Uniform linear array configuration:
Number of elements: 12
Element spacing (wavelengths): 0.5
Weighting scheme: kaiser
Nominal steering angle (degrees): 0
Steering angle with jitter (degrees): -0.6485
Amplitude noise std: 0.05
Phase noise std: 0.05

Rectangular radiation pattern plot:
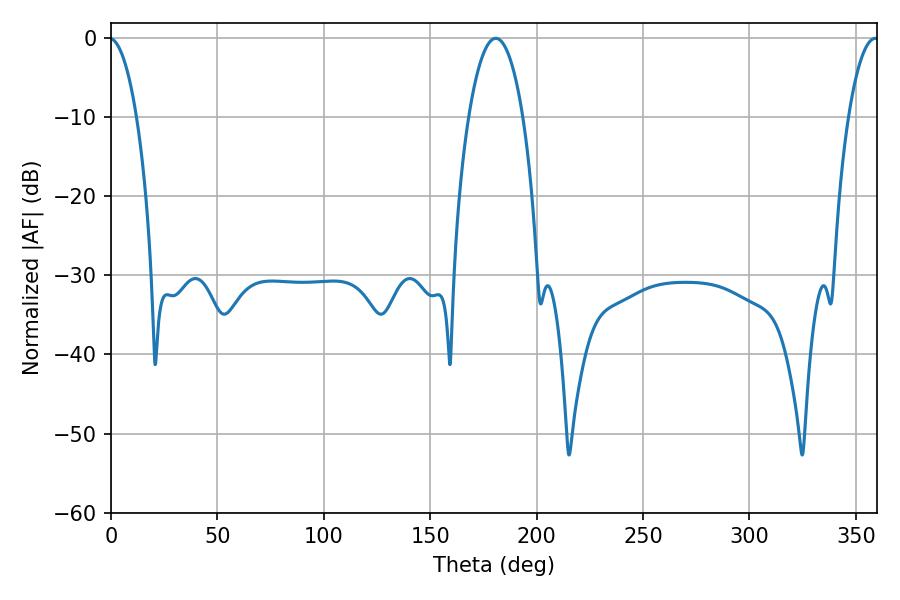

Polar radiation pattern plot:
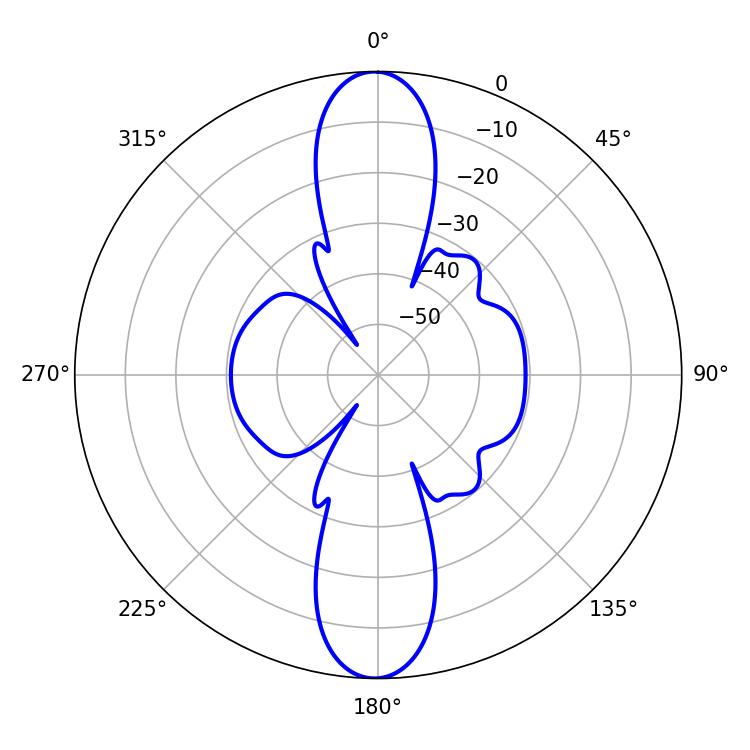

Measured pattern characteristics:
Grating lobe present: FALSE
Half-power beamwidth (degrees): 14.22
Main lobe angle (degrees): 180.72